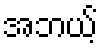
အဘယ့်